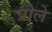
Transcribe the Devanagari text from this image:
प्रोले